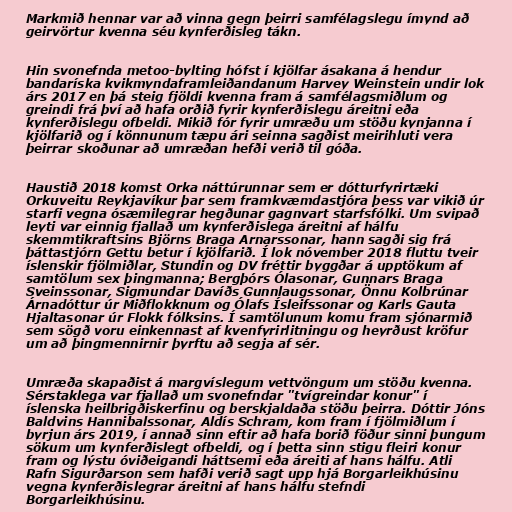
Markmið hennar var að vinna gegn þeirri samfélagslegu ímynd að
geirvörtur kvenna séu kynferðisleg tákn.

Hin svonefnda metoo-bylting hófst í kjölfar ásakana á hendur
bandaríska kvikmyndaframleiðandanum Harvey Weinstein undir lok
árs 2017 en þá steig fjöldi kvenna fram á samfélagsmiðlum og
greindi frá því að hafa orðið fyrir kynferðislegu áreitni eða
kynferðislegu ofbeldi. Mikið fór fyrir umræðu um stöðu kynjanna í
kjölfarið og í könnunum tæpu ári seinna sagðist meirihluti vera
þeirrar skoðunar að umræðan hefði verið til góða.

Haustið 2018 komst Orka náttúrunnar sem er dótturfyrirtæki
Orkuveitu Reykjavíkur þar sem framkvæmdastjóra þess var vikið úr
starfi vegna ósæmilegrar hegðunar gagnvart starfsfólki. Um svipað
leyti var einnig fjallað um kynferðislega áreitni af hálfu
skemmtikraftsins Björns Braga Arnarssonar, hann sagði sig frá
þáttastjórn Gettu betur í kjölfarið. Í lok nóvember 2018 fluttu tveir
íslenskir fjölmiðlar, Stundin og DV fréttir byggðar á upptökum af
samtölum sex þingmanna; Bergþórs Ólasonar, Gunnars Braga
Sveinssonar, Sigmundar Davíðs Gunnlaugssonar, Önnu Kolbrúnar
Árnadóttur úr Miðflokknum og Ólafs Ísleifssonar og Karls Gauta
Hjaltasonar úr Flokk fólksins. Í samtölunum komu fram sjónarmið
sem sögð voru einkennast af kvenfyrirlitningu og heyrðust kröfur
um að þingmennirnir þyrftu að segja af sér.

Umræða skapaðist á margvíslegum vettvöngum um stöðu kvenna.
Sérstaklega var fjallað um svonefndar "tvígreindar konur" í
íslenska heilbrigðiskerfinu og berskjaldaða stöðu þeirra. Dóttir Jóns
Baldvins Hannibalssonar, Aldís Schram, kom fram í fjölmiðlum í
byrjun árs 2019, í annað sinn eftir að hafa borið föður sinni þungum
sökum um kynferðislegt ofbeldi, og í þetta sinn stigu fleiri konur
fram og lýstu óviðeigandi háttsemi eða áreiti af hans hálfu. Atli
Rafn Sigurðarson sem hafði verið sagt upp hjá Borgarleikhúsinu
vegna kynferðislegrar áreitni af hans hálfu stefndi
Borgarleikhúsinu.